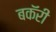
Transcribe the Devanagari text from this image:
बकॅरी